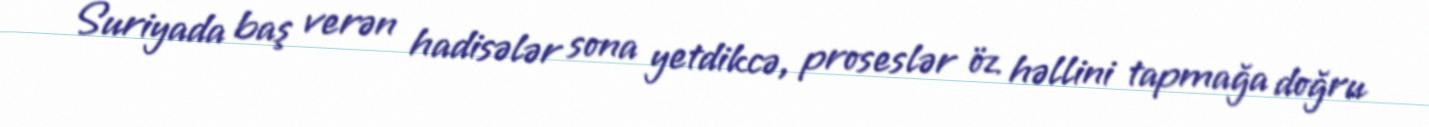
Suriyada baş verən hadisələr sona yetdikcə, proseslər öz həllini tapmağa doğru